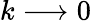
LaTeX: k\longrightarrow 0